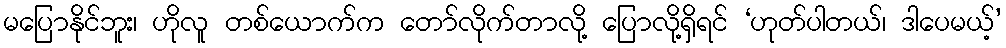
မပြောနိုင်ဘူး၊ ဟိုလူ တစ်ယောက်က တော်လိုက်တာလို့ ပြောလို့ရှိရင် ‘ဟုတ်ပါတယ်၊ ဒါပေမယ့်’